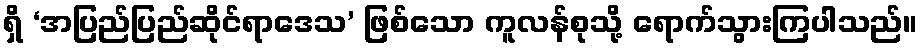
ရှိ ‘အပြည်ပြည်ဆိုင်ရာဒေသ’ ဖြစ်သော ကူလန်စုသို့ ရောက်သွားကြပါသည်။